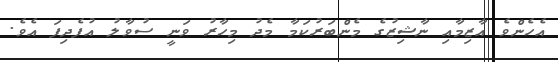
އެހެންވެ އާޒިމާއި ނާޝިޒުގެ މެންބަރުކަމާ މެދު މިހާރު ވަނީ ސުވާލު އުފެދިފަ އެވެ.